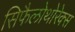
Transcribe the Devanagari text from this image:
सिफैलोथोरेक्स